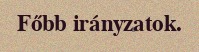
Főbb irányzatok.